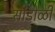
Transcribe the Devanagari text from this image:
सांडोळी